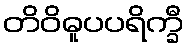
တိဝိဓူပပရိက္ခီ